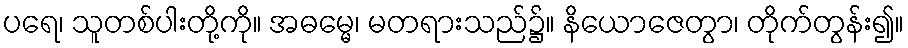
ပရေ၊ သူတစ်ပါးတို့ကို။ အဓမ္မေ၊ မတရားသည်၌။ နိယောဇေတွာ၊ တိုက်တွန်း၍။